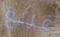
غريغ